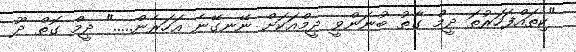
"ކިތައްފަހަރުތަ ދީމް ގާތު ބުނަންވީ ދީމްއަކަށް ނޭނގޭނެ އަހަރެން....." ދީމް ގޮތް ދޫ